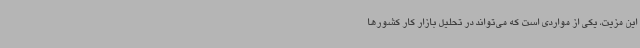
این مزیت، یکی از مواردی است که می‌تواند در تحلیل بازار کار کشورها